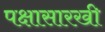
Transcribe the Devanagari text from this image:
पक्षासारखी